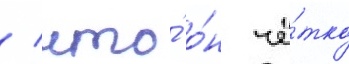
/ что́ о́н чё́тко